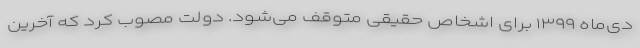
دی‌ماه ۱۳۹۹ برای اشخاص حقیقی متوقف می‌شود. دولت مصوب کرد که آخرین